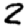
Digit: 2